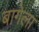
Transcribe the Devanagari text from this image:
बागेला